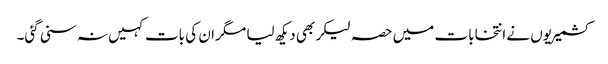
کشمیریوں نے انتخابات میں حصہ لیکر بھی دیکھ لیا مگر ان کی بات کہیں نہ سنی گئی۔